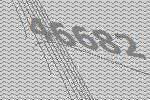
46682